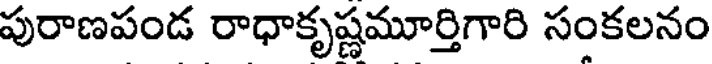
పురాణపండ రాధాకృష్ణమూర్తిగారి సంకలనం